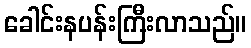
ခေါင်းနပန်းကြီးလာသည်။